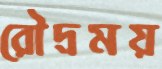
রৌদ্রময়